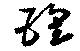
瓖